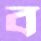
ব